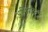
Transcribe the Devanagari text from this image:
आभिप्रायिक